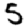
Digit: 5